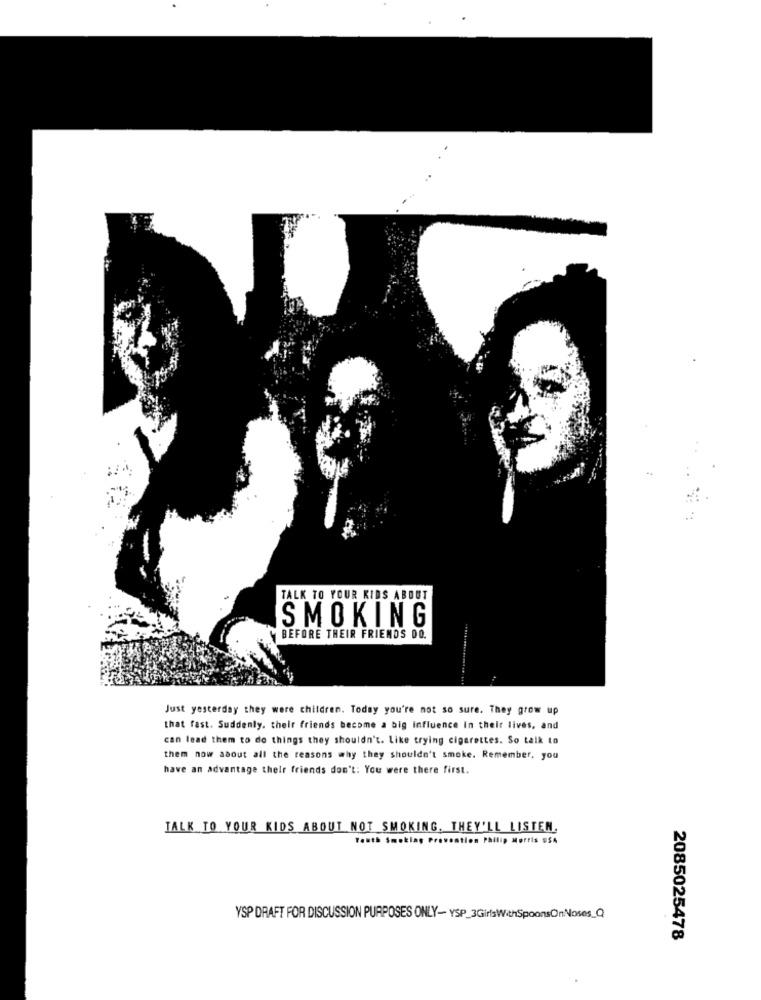
TALK TO YOUR KIDS ABOUT
SMOKING
BEFORE THEIR FRIENDS DO.
Just yesterday they were children. Today you're not so sure. They grow up
that fast. Suddenly, their friends become a big influence In their lives, and
can lead them to do things they shouldn't. Like trying cigarettes. So talk to
them now asout all the reasons why they shouldn't smoke. Remember, you
have an advantage their friends don't: You were there first.
TALK TO YOUR KIDS ABOUT NOT SMOKING, THEY'LL LISTEN.
Youth Smoking Prevention Philip Morris #SA
YSP DRAFT FOR DISCUSSION PURPOSES ONLY- YSP_3GirlsWithSpoonsOnNoses_Q
2085025478